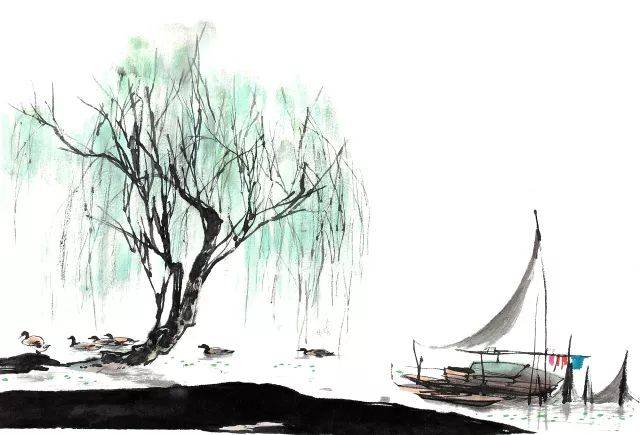
今我来思，雨雪霏霏。